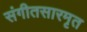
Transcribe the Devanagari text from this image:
संगीतसारमृत